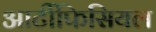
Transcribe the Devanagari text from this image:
आर्टीफिसियल